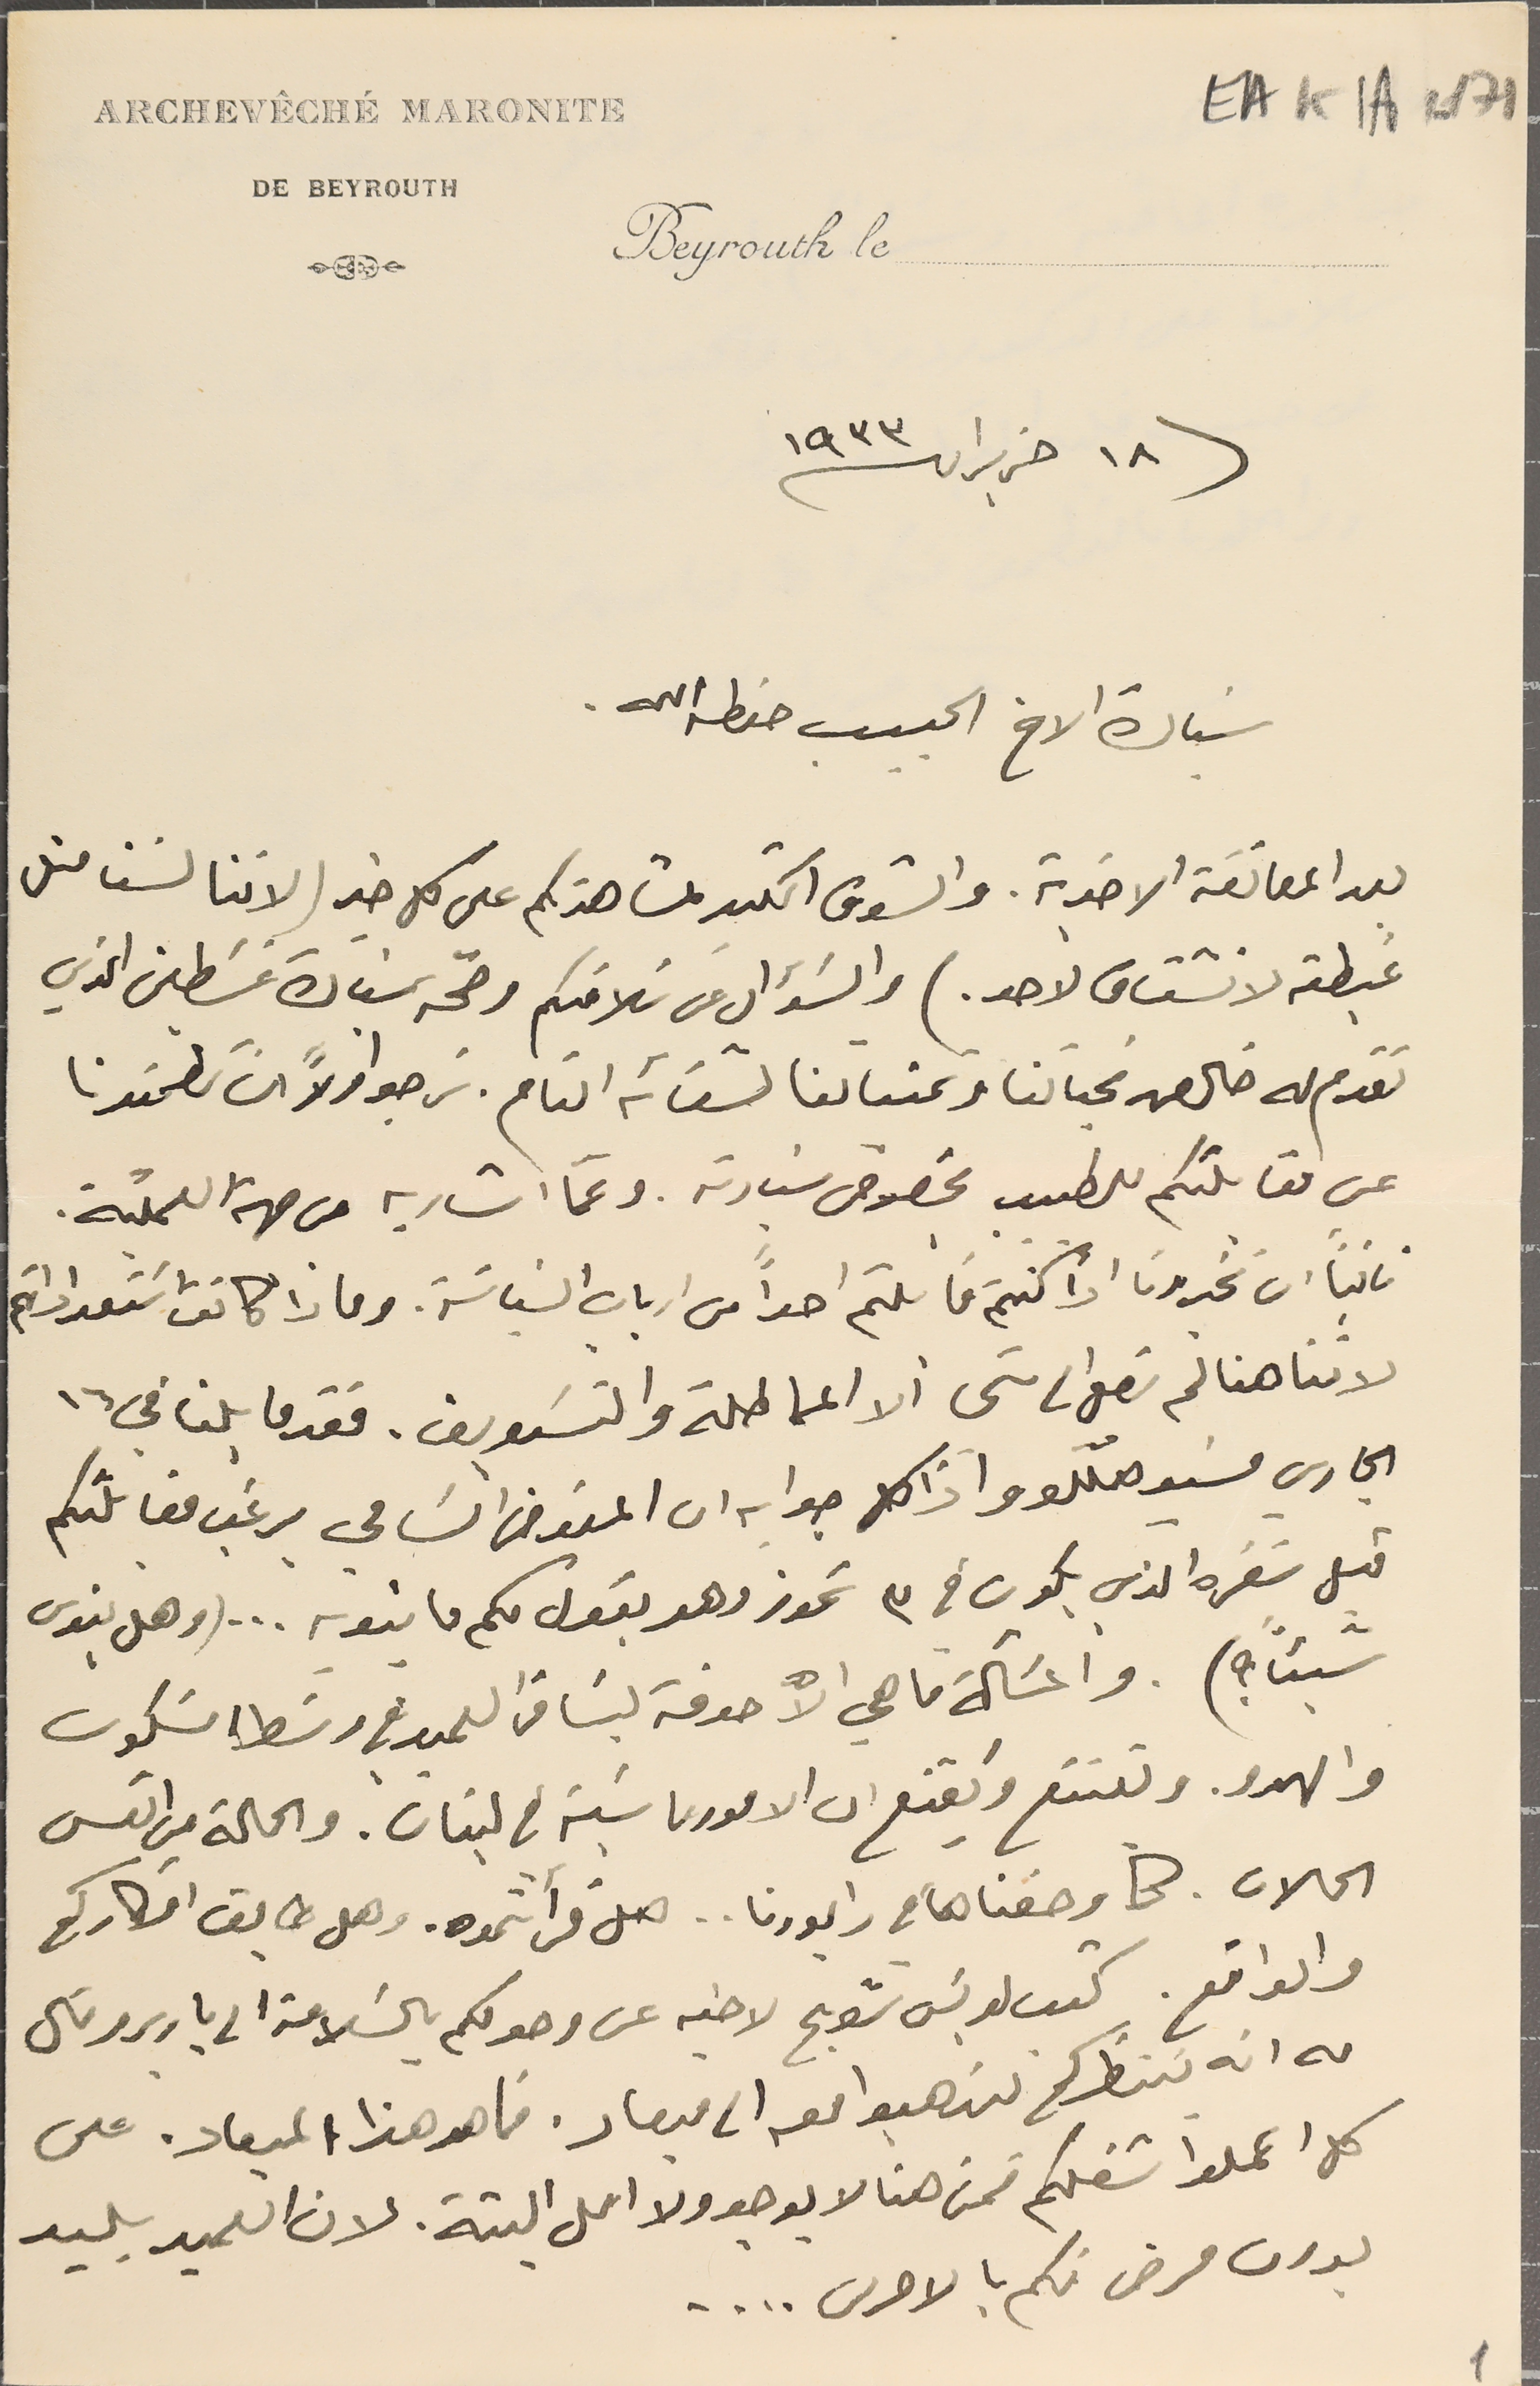
EAK1A-171
١٨ حزيران ٩٣٣
سَيادة الاخ الحبيب حفظه الله.
بعد المعائقة الاخوية. والشوق الكثير لمشاهدتكم على كل خير ( لاننا لسَنا مثل
 غبطته لا نشتاق لاحد.) والسَؤال عن سَلامتكم وصحّة سيادة غسَطين الذي
تقدم له خالص تحياتنا وتمنياتنا لشفائه التام. نرجو اولاً ان تطمنونا
عن مقابلتكم للطبيب بخصوص سَيادته. وعمّا اشار به من جهة العملية.
ثانياً ان تخبرونا اذا كنتم قابلتم احداً من ارباب السَياسَة. وماذا كانت اسَتعدادتهم
لاننا هنا لم نصل الى شى ألا المماطلة والتسَويف. فقد قابلنا في ١٦
الجاري مسَيو هلّلو واذا كان جوابه ان المفوض السَامي يرغب مقابلتكم
قبل سَفره الذي يكون في ٣ تموز وهو يقول لكم ما ينويه... (وهل ينوى
شيئاً ؟). والمسَالة ماهي الا خدمة لنا من العميد في وسَط السَكون
والهدو. ويقتنع ويَقنع ان الامور ماشية في لبنان. والحالة من اتعس
الحالات. كما وصفناها في رابورنا.. هل قرأتموه. وهل طابق افكاركم
والواقع. كتب لويسَ شويح لاخيه عن وصولكم بالسَلامة الى باريس وقال
له انه يننتظركم لتذهبوا معه الى ميعاد. فما هو هذا الميعاد. على
كل اعملوا شغلكم فمن هنا لا يوجد ولا امل البتة. لان العميد بليد
بدون مرض فكم بالاحرى ....
ARCHEVÊCHÉ MARONITE
DE BEYROUTH
Beyrouth le
1